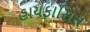
હાયફાસિસ